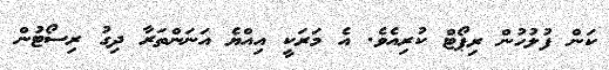
ކަން ފުލުހުން ރިޕޯޓް ކުރިއެވެ. އެ މަރަކީ އިއްޔެ އަނަންތަރާ ދިގު ރިސޯޓުން